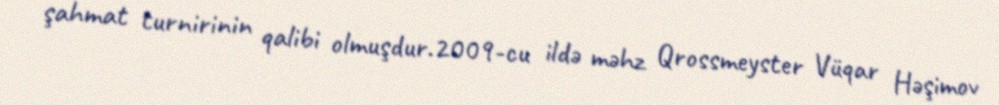
şahmat turnirinin qalibi olmuşdur.2009-cu ildə məhz Qrossmeyster Vüqar Həşimov